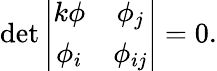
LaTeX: \operatorname*{det}\left|\begin{array}{cc}{{k\phi}}&{{\phi_{j}}}\\ {{\phi_{i}}}&{{\phi_{ij}}}\end{array}\right|=0.